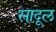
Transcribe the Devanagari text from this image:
सादूल